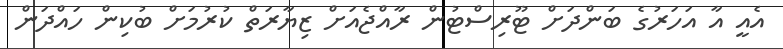
އެއީ އާ އަހަރުގެ ބަންދަށް ޓޫރިސްޓުން ރާއްޖެއަށް ޒިޔާރަތް ކުރުމަށް ބުކިން ހައްދަން